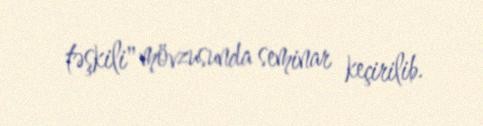
təşkili" mövzusunda seminar keçirilib.